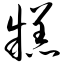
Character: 糕